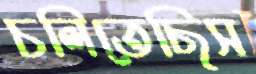
চলিতেছিস